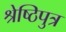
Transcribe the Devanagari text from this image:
श्रेष्ठिपुत्र